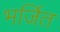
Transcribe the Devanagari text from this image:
भर्जित